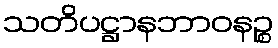
သတိပဋ္ဌာနဘာဝနဉ္စ